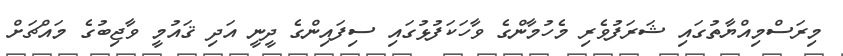
މިރަސްމިއްޔާތުގައި ޝަރަފުވެރި މެހުމާންގެ ވާހަކަފުޅުގައި ސިފައިންގެ ދީނީ އަދި ޤައުމީ ވާޖިބުގެ މައްޗަށް